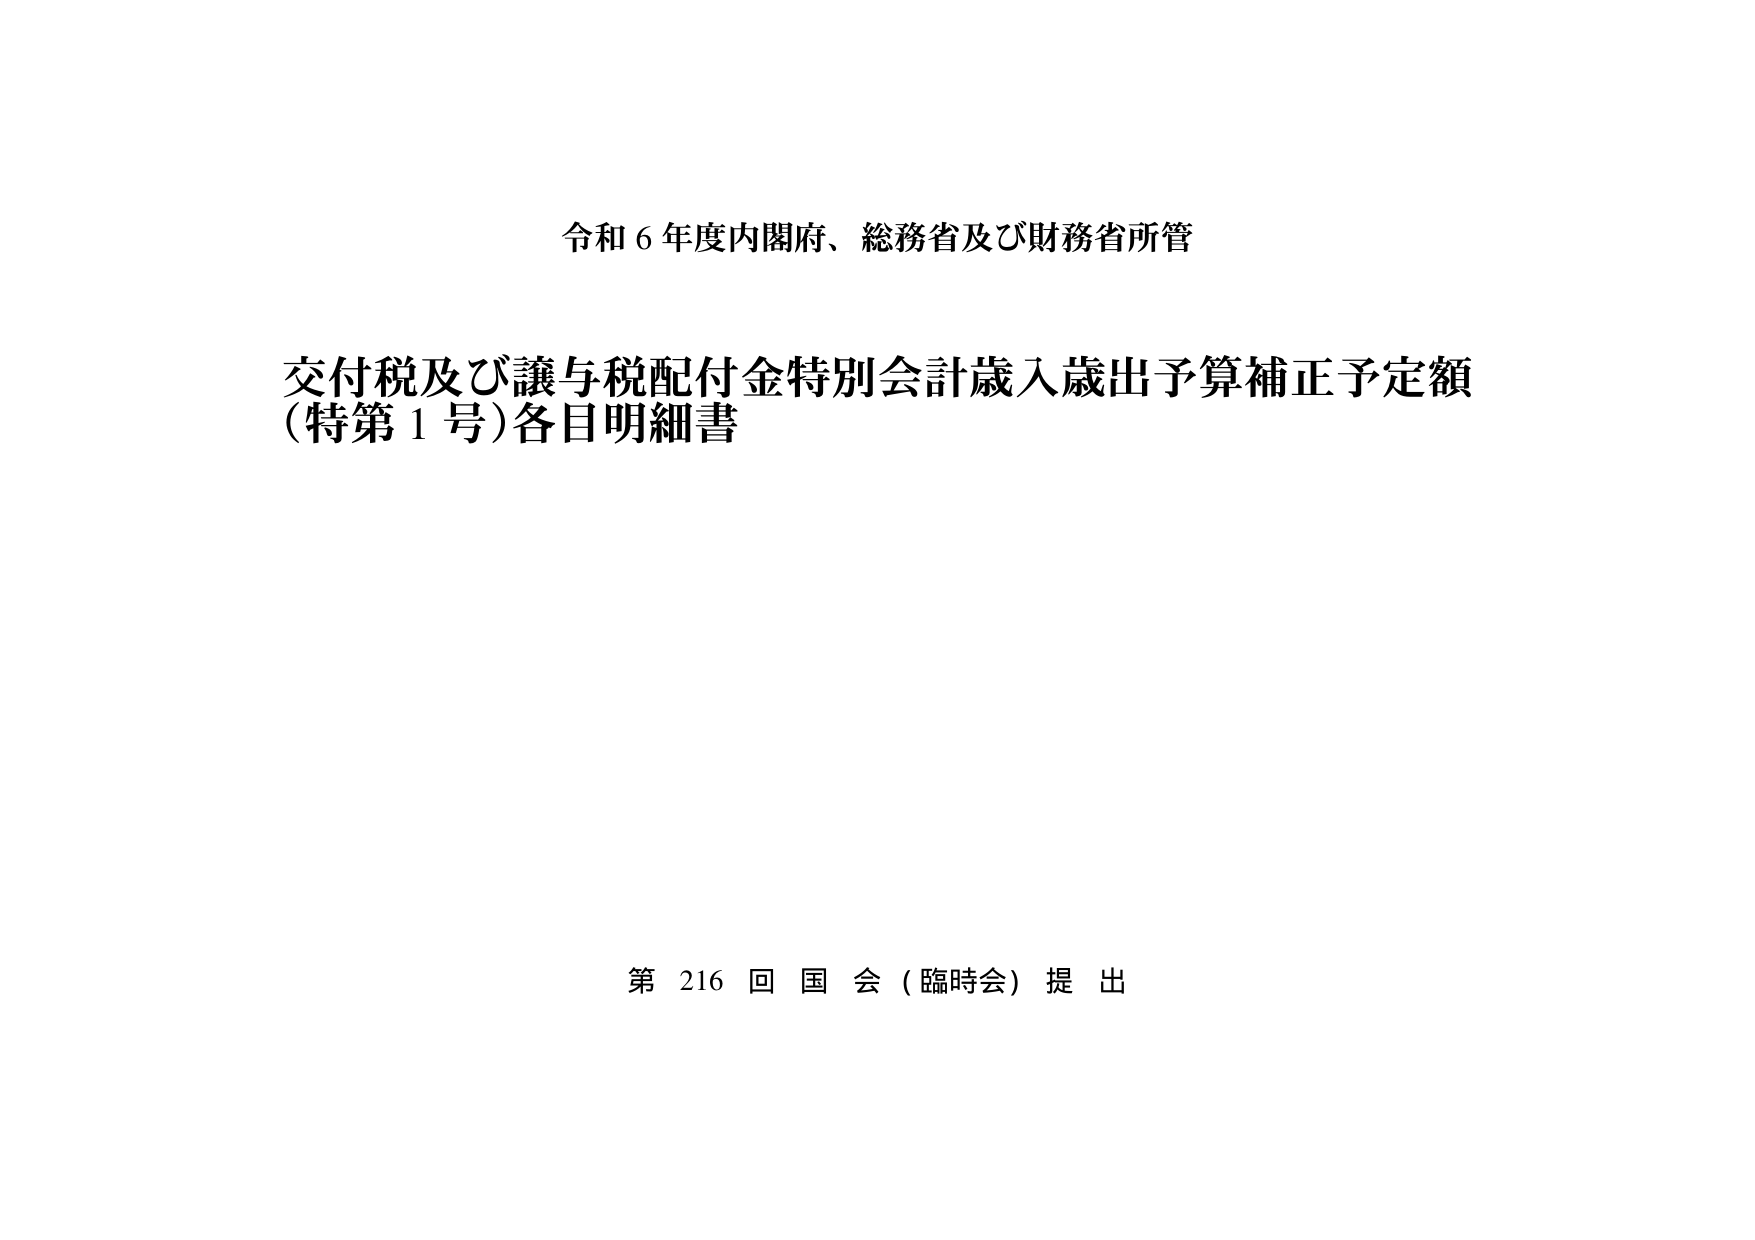
令和６年度内閣府、総務省及び財務省所管

交付税及び譲与税配付金特別会計歳入歳出予算補正予定額
(特第１号)各目明細書

第216回国会（臨時会）提出